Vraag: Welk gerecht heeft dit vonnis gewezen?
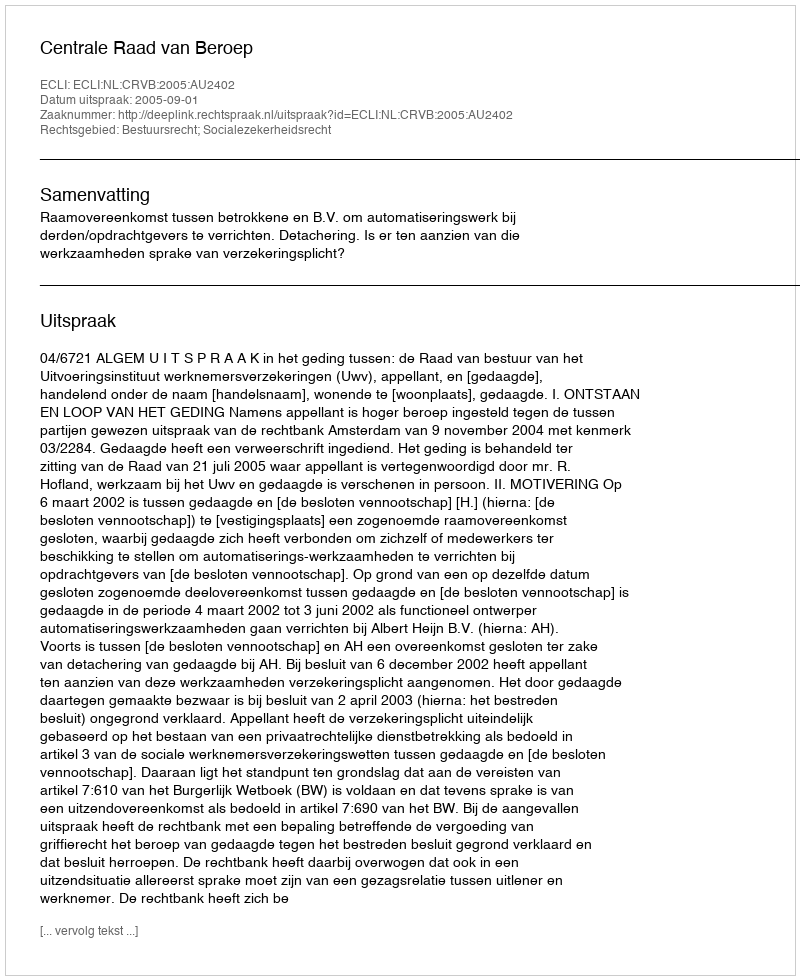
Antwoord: Centrale Raad van Beroep